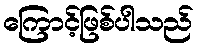
ကြောင့်ဖြစ်ပါသည်